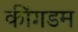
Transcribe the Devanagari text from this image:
कींगडम